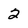
Character: 2